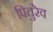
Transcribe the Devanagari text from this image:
पितुरेव